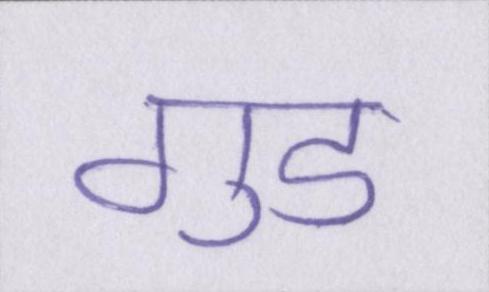
गुड